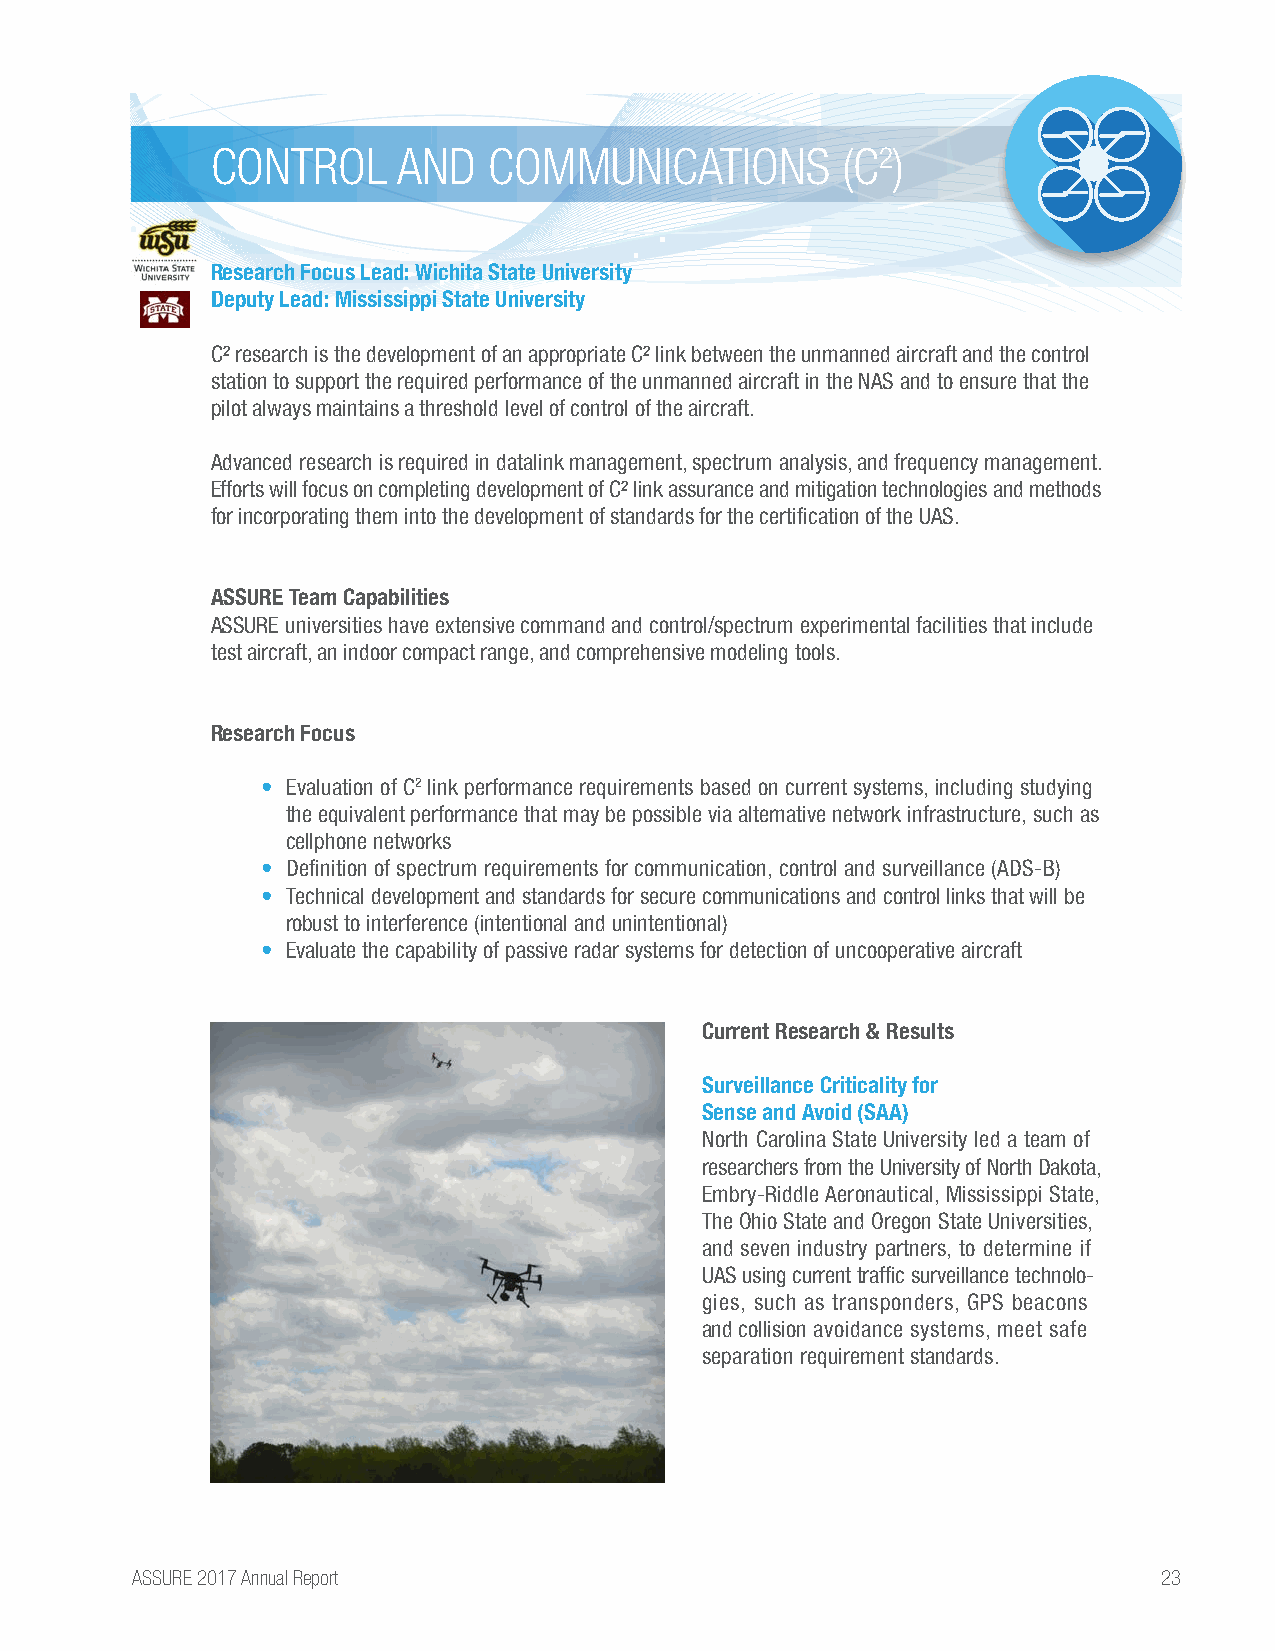
CONTROL     AND   COMMUNICATIONS          (C2)
 Research Focus Lead: Wichita State University
 Deputy Lead: Mississippi State University
 C² research is the development of an appropriate C² link between the unmanned aircraft and the control
 station to support the required performance of the unmanned aircraft in the NAS and to ensure that the
 pilot always maintains a threshold level of control of the aircraft.
 Advanced research is required in datalink management, spectrum analysis, and frequency management.
 Efforts will focus on completing development of C² link assurance and mitigation technologies and methods
 for incorporating them into the development of standards for the certification of the UAS.
 ASSURE Team Capabilities
 ASSURE universities have extensive command and control/spectrum experimental facilities that include
 test aircraft, an indoor compact range, and comprehensive modeling tools.
 Research Focus
 • Evaluation of C2 link performance requirements based on current systems, including studying
 the equivalent performance that may be possible via alternative network infrastructure, such as
 cellphone networks
 • Definition of spectrum requirements for communication, control and surveillance (ADS-B)
 • Technical development and standards for secure communications and control links that will be
 robust to interference (intentional and unintentional)
 • Evaluate the capability of passive radar systems for detection of uncooperative aircraft
 Current Research & Results
 Surveillance Criticality for
 Sense and Avoid (SAA)
 North Carolina State University led a team of
 researchers from the University of North Dakota,
 Embry-Riddle Aeronautical, Mississippi State,
 The Ohio State and Oregon State Universities,
 and seven industry partners, to determine if
 UAS using current traffic surveillance technolo-
 gies, such as transponders, GPS beacons
 and collision avoidance systems, meet safe
 separation requirement standards.
 ASSURE 2017 Annual Report                                           23